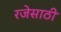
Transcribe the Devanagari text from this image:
रजेसाठी